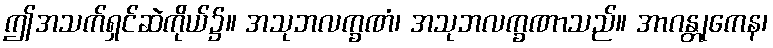
ဤအသက်ရှင်ဆဲကိုယ်၌။ အသုဘလက္ခဏံ၊ အသုဘလက္ခဏာသည်။ အာဂန္တုကေန၊